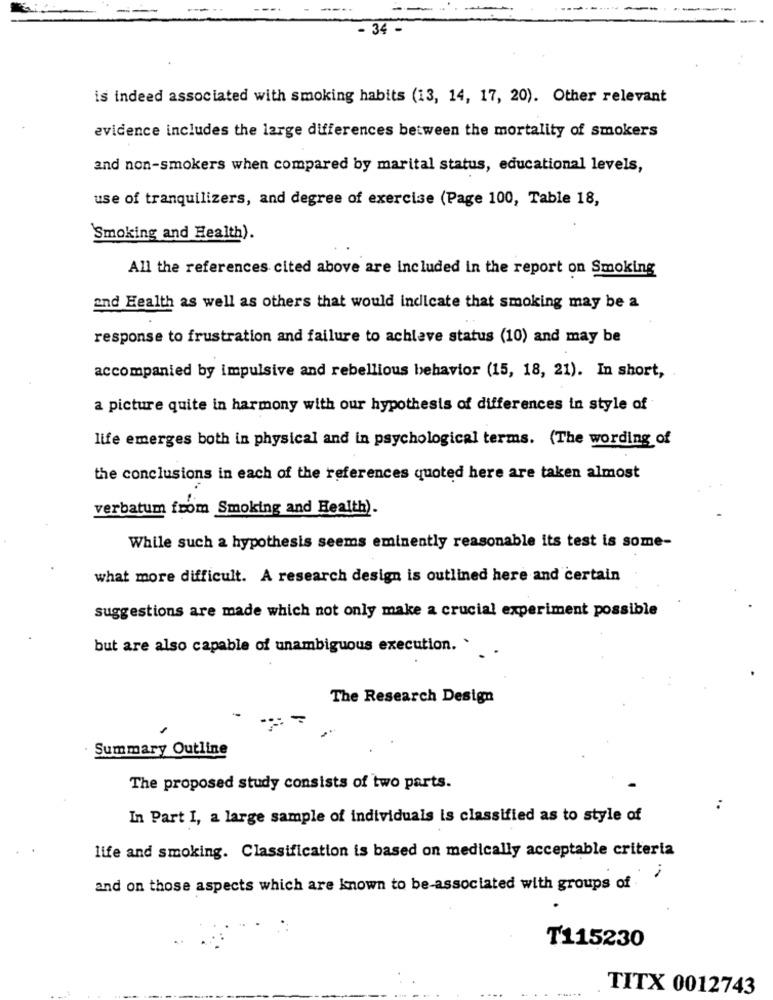
- 34 -
is indeed associated with smoking habits (13, 14, 17, 20). Other relevant
evidence includes the large differences between the mortality of smokers
and non-smokers when compared by marital status, educational levels,
use of tranquilizers, and degree of exercise (Page 100, Table 18,
'Smoking and Health).
All the references cited above are included in the report on Smoking
and Health as well as others that would indicate that smoking may be a
response to frustration and failure to achieve status (10) and may be
accompanied by impulsive and rebellious behavior (15, 18, 21). In short,
a picture quite in harmony with our hypothesis of differences in style of
life emerges both in physical and in psychological terms. (The wording of
the conclusions in each of the references quoted here are taken almost
verbatum from Smoking and Health).
While such a hypothesis seems eminently reasonable its test is some-
what more difficult. A research design is outlined here and certain
suggestions are made which not only make a crucial experiment possible
but are also capable of unambiguous execution. .
The Research Design
Summary Outline
The proposed study consists of two parts.
..
In Part I, a large sample of individuals is classified as to style of
life and smoking. Classification is based on medically acceptable criteria
and on those aspects which are known to be-associated with groups of
T115230
TITX 0012743